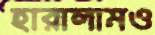
হারালামও